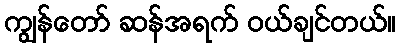
ကျွန်တော် ဆန်အရက် ဝယ်ချင်တယ်။